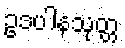
ဥဒပါနသုတ္တ